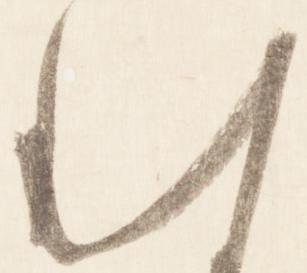
む